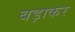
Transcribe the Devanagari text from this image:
बड़ाकर